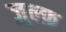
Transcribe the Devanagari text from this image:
ज़ुल्फ़